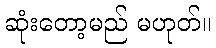
ဆုံးတော့မည် မဟုတ်။